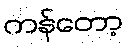
ကန်တော့